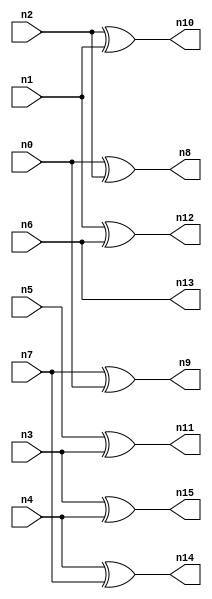
//
// Conformal-LEC Version 16.10-d160 ( 04-Jul-2016 ) ( 64 bit executable )
//
module top ( n0 , n1 , n2 , n3 , n4 , n5 , n6 , n7 , n8 , n9 , n10 , n11 , n12 , n13 , n14 , n15 );
input n0 , n1 , n2 , n3 , n4 , n5 , n6 , n7 ;
output n8 , n9 , n10 , n11 , n12 , n13 , n14 , n15 ;

wire n32 , n33 , n34 , n35 , n36 , n37 , n38 , n39 , n40 , 
     n41 , n42 , n43 , n44 , n45 , n46 , n47 , n48 , n49 , n50 , 
     n51 , n52 , n53 , n54 , n55 , n56 , n57 , n58 , n59 , n60 , 
     n61 , n62 , n63 ;
buf ( n13 , n42 );
buf ( n12 , n45 );
buf ( n10 , n48 );
buf ( n8 , n51 );
buf ( n9 , n54 );
buf ( n14 , n57 );
buf ( n15 , n60 );
buf ( n11 , n63 );
buf ( n34 , n6 );
buf ( n35 , n1 );
buf ( n36 , n2 );
buf ( n37 , n0 );
buf ( n38 , n7 );
buf ( n39 , n4 );
buf ( n40 , n3 );
buf ( n41 , n5 );
buf ( n42 , n34 );
xor ( n43 , n35 , n34 );
buf ( n44 , n43 );
buf ( n45 , n44 );
xor ( n46 , n36 , n35 );
buf ( n47 , n46 );
buf ( n48 , n47 );
xor ( n49 , n37 , n36 );
buf ( n50 , n49 );
buf ( n51 , n50 );
xor ( n52 , n38 , n37 );
buf ( n53 , n52 );
buf ( n54 , n53 );
xor ( n55 , n39 , n38 );
buf ( n56 , n55 );
buf ( n57 , n56 );
xor ( n58 , n40 , n39 );
buf ( n59 , n58 );
buf ( n60 , n59 );
xor ( n61 , n41 , n40 );
buf ( n62 , n61 );
buf ( n63 , n62 );
endmodule